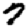
Digit: 7